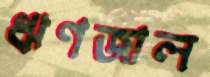
ঋণজাল